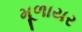
મૂળાયર